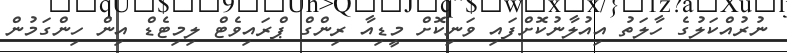
ނުރުއްކަލުގެ ހާލަތު އިއުލާނުކޮށްފައި ވަނިކޮށް މީޑިއާ ރިންގް ޕްރައިވެޓް ލިމިޓެޑް އިން ހިންގަމުން